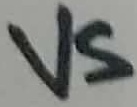
Text: VS